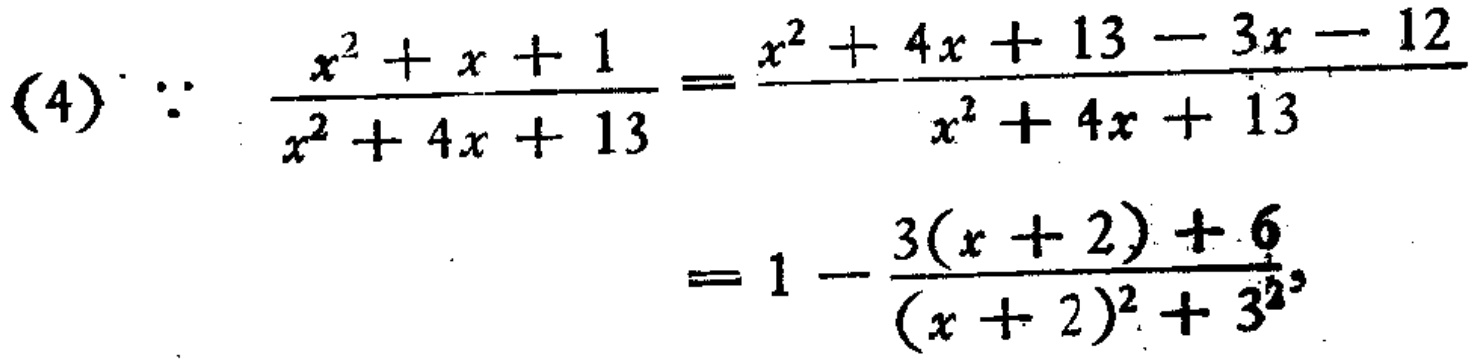
(4) $\because$

\[

\begin{align*}

\frac{x^{2}+x + 1}{x^{2}+4x + 13}&=\frac{x^{2}+4x + 13-3x - 12}{x^{2}+4x + 13}\\

&=1-\frac{3(x + 2)+6}{(x + 2)^{2}+3^{2}}

\end{align*}

\]